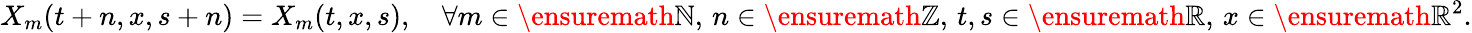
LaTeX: X_{m}(t+n,x,s+n)=X_{m}(t,x,s),\quad\forall m\in\ensuremath{\mathbb{N}},\, n\in\ensuremath{\mathbb{Z}},\, t,s\in\ensuremath{\mathbb{R}},\, x\in\ensuremath{\mathbb{R}}^{2}.